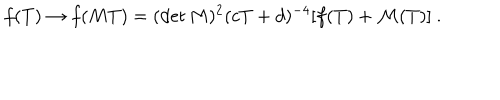
LaTeX: f ( T ) \rightarrow f ( M T ) = ( \det M ) ^ { 2 } ( c T + d ) ^ { - 4 } [ f ( T ) + { \cal M } ( T ) ] \ .